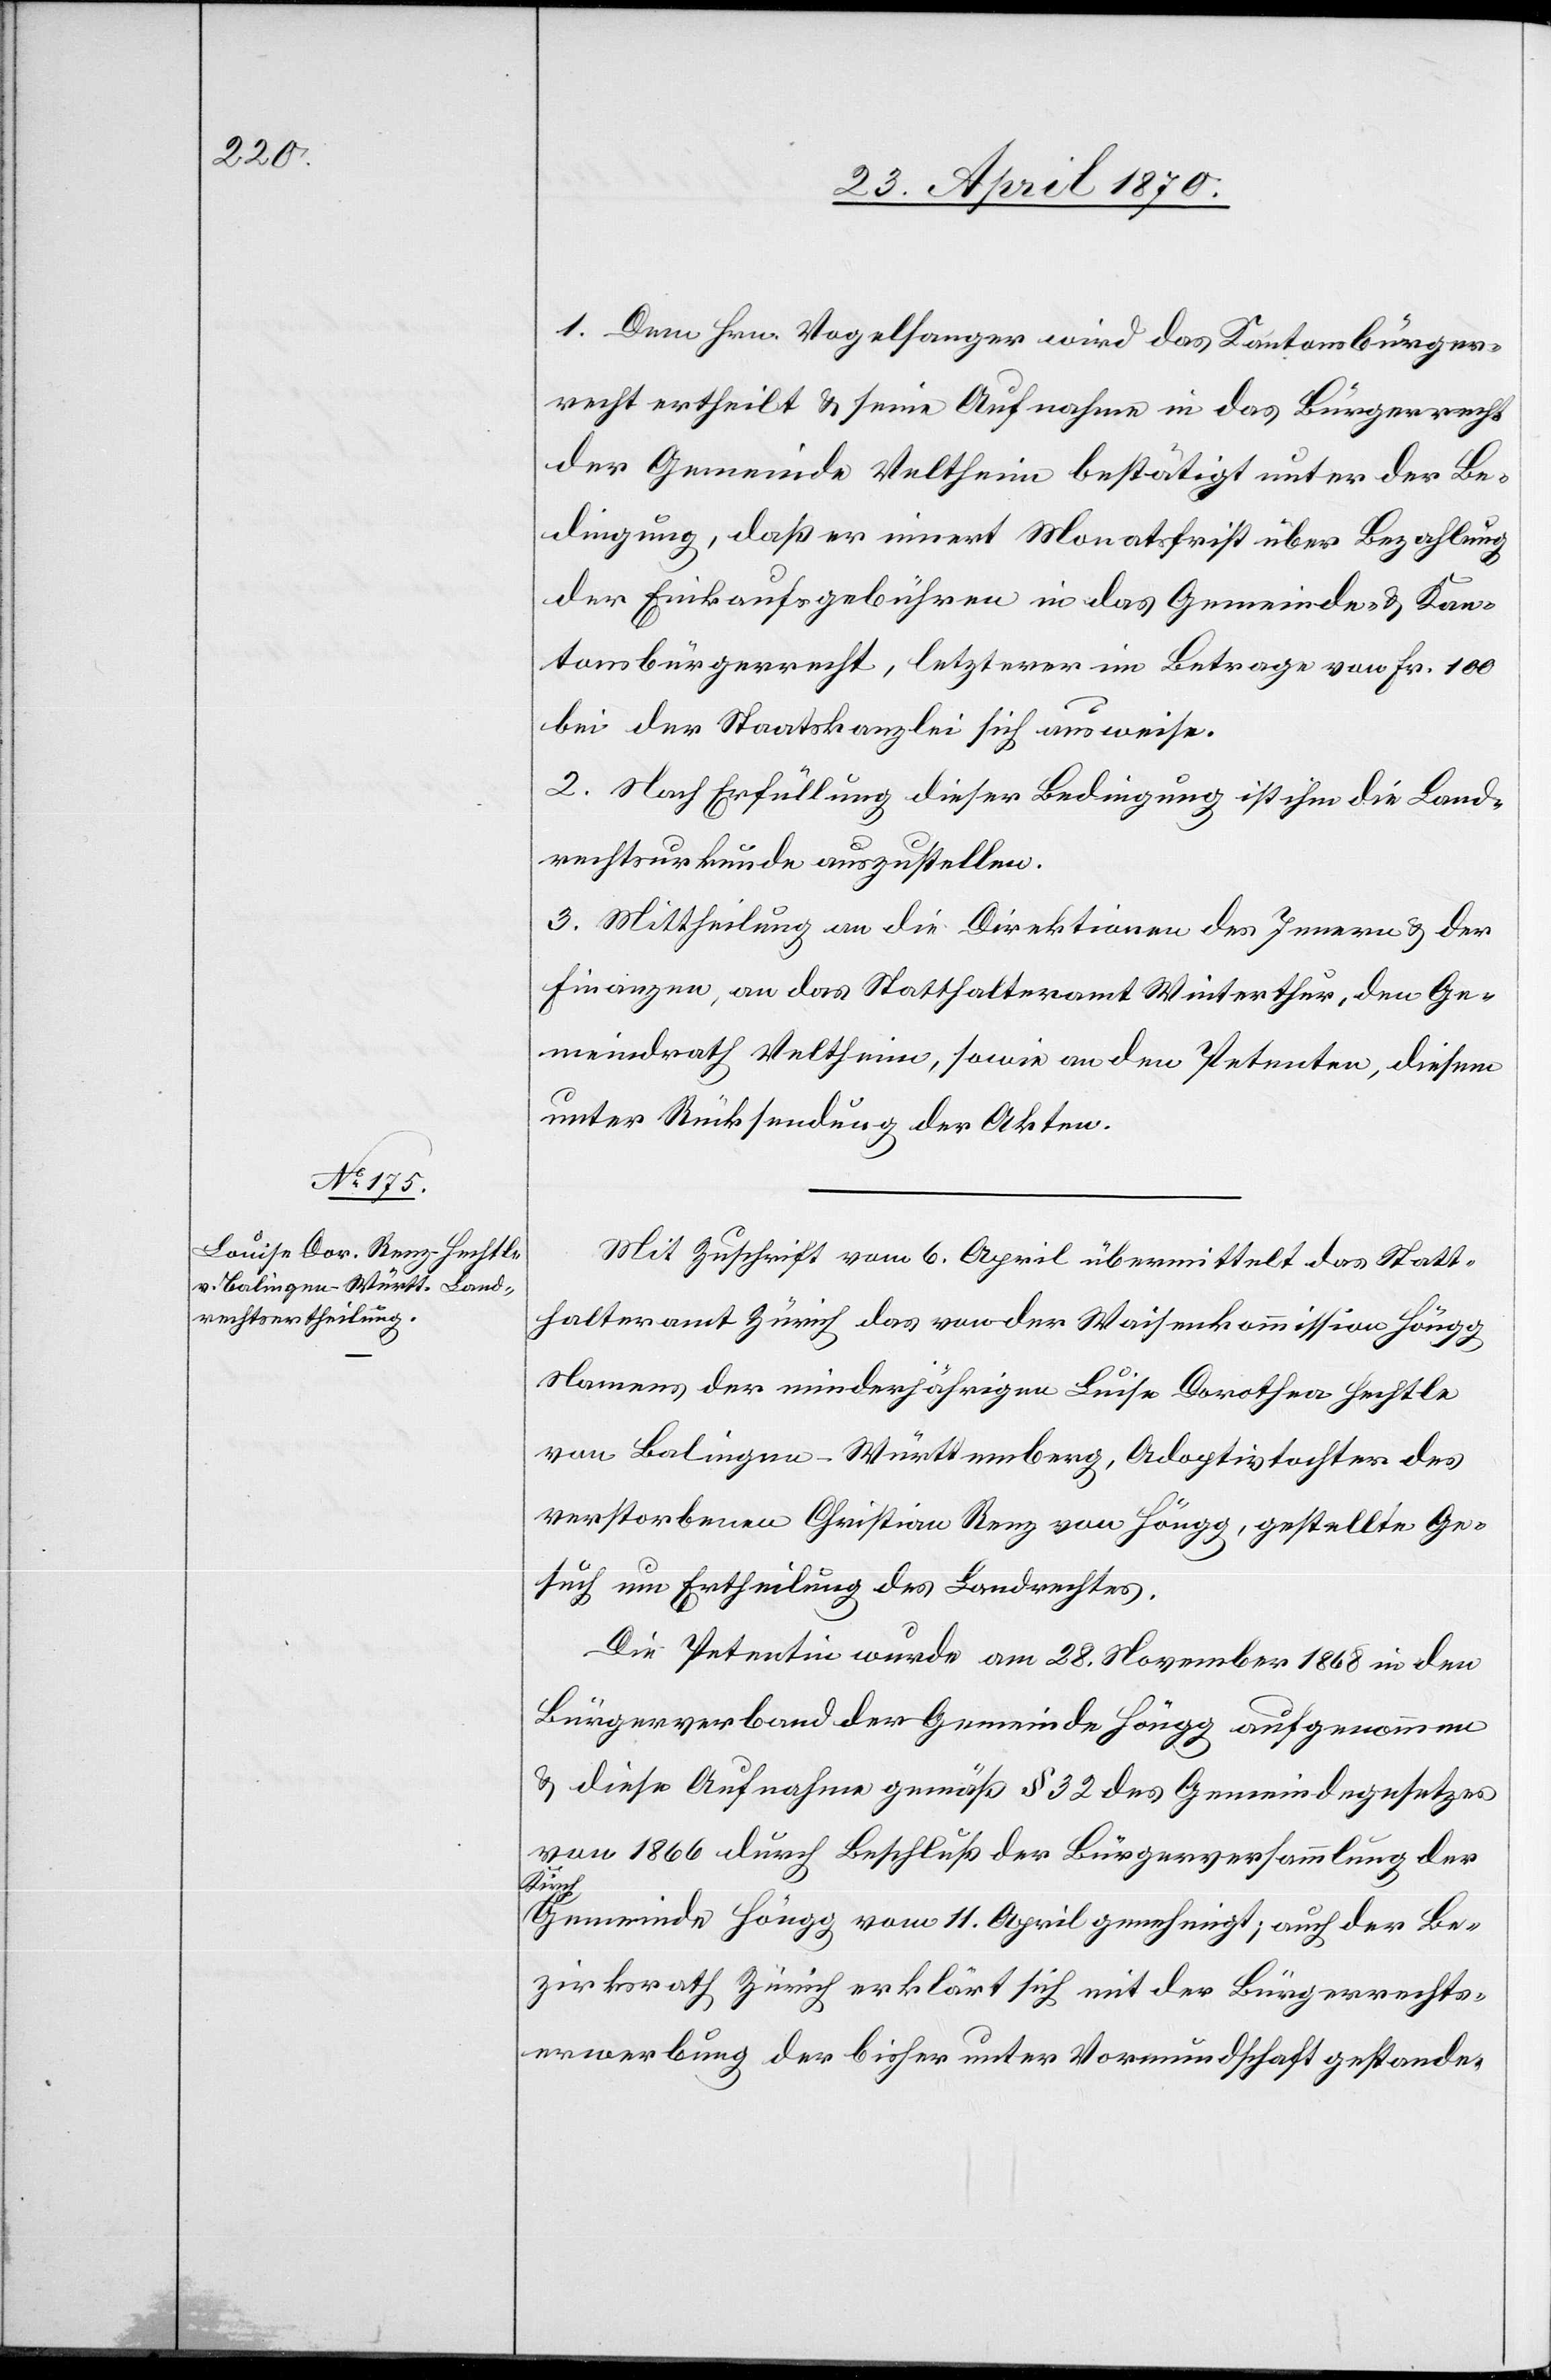
1. Dem Hrn. Vogelsanger wird das Kantonsbürger¬
recht ertheilt & seine Aufnahme in das Bürgerrecht
der Gemeinde Veltheim bestätigt unter der Be¬
dingung, daß er innert Monatsfrist über Bezahlung
der Einkaufsgebühren in das Gemeinde- & Kan¬
tonsbürgerrecht, letzterer im Betrage von Fr. 100
bei der Staatskanzlei sich ausweise.
2. Nach Erfüllung dieser Bedingung ist ihm die Land¬
rechtsurkunde auszustellen.
3. Mittheilung an die Direktionen des Innern & der
Finanzen, an das Statthalteramt Winterthur, den Ge¬
meindrath Veltheim, sowie an den Petenten, diesem
unter Rücksendung der Akten.
Mit Zuschrift vom 6. April übermittelt das Statt¬
halteramt Zürich das von der Waisenkommission Höngg
Namens der minderjährigen Luise [sic!] Dorothea Hechtle
von Balingen - Württemberg, Adoptivtochter des
verstorbenen Christian Renz von Höngg, gestellte Ge¬
such um Ertheilung des Landrechtes.
Die Petentin wurde am 28. November 1868 in den
Bürgerverband der Gemeinde Höngg aufgenommen
& diese Aufnahme gemäß § 32 des Gemeindegesetzes
von 1866 durch Beschluß der Bürgerversammlung der
Kirch¬
gemeinde Höngg vom 11. April genehmigt; auch der Be¬
zirksrath Zürich erklärt sich mit der Bürgerrechts¬
erwerbung der bisher unter Vormundschaft gestande-